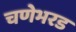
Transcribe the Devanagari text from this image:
चणेभरड